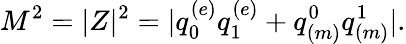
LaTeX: M^{2}=|Z|^{2}=|q_{0}^{(e)}q_{1}^{(e)}+q_{(m)}^{0}q_{(m)}^{1}|.